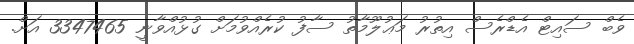
ވެބް ސައިޓް އެޑްރެސް އިތުރު މަޢުލޫމާތު ސާފު ކުރެއްވުމަށް ގުޅުއްވާނީ 3347465 އަށް.